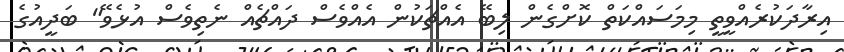
އިރާދަކުރެއްވީތީ މިމަސައްކަތް ކޮށްގެން ލިބޭ އެއްޗަކުން އެއްވެސް ދައްޗެއް ނެތިވެސް އުޅެވޭ" ބަދީއުގެ